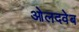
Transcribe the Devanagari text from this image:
ओलदवेब